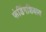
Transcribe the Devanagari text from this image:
फंडिंगशिवाय